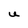
Character: U